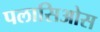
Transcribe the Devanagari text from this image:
पलासिओस